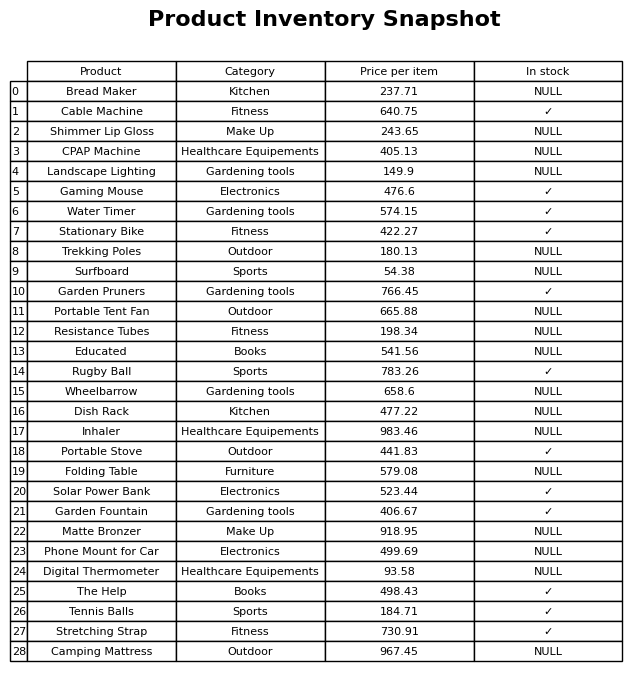
question: What category does the Wheelbarrow belong to?
answer: Gardening tools